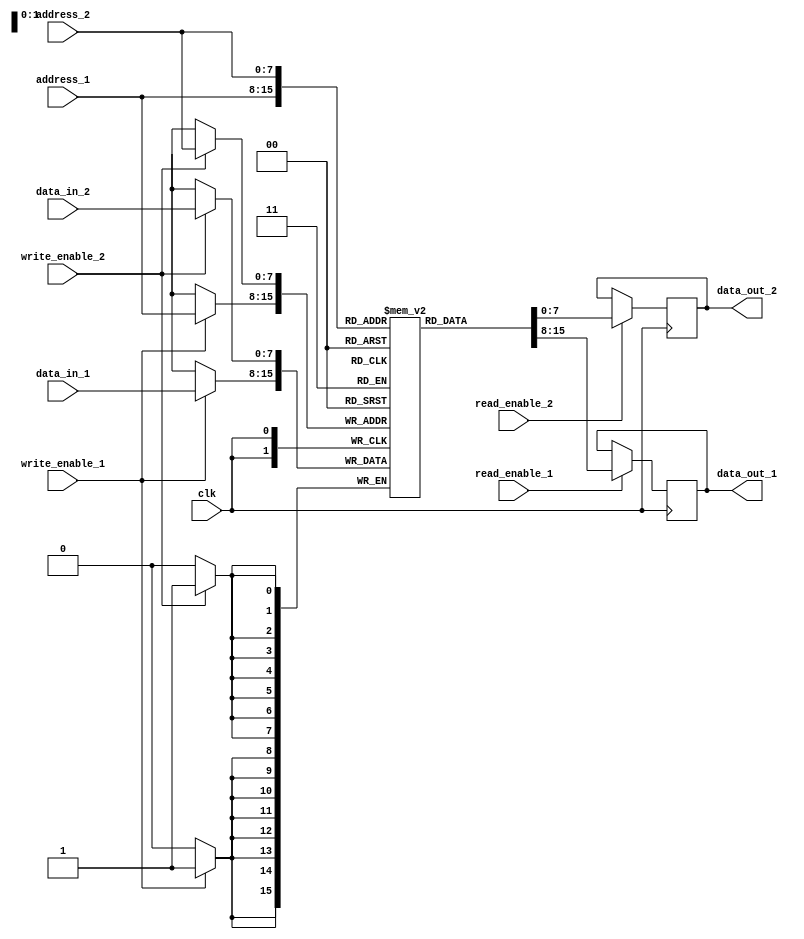
module dual_port_ram (
    input clk, // clock signal
    input write_enable_1, // write enable for port 1
    input [7:0] data_in_1, // data input for port 1
    input [7:0] address_1, // address input for port 1
    input read_enable_1, // read enable for port 1
    output reg [7:0] data_out_1, // data output for port 1
    input write_enable_2, // write enable for port 2
    input [7:0] data_in_2, // data input for port 2
    input [7:0] address_2, // address input for port 2
    input read_enable_2, // read enable for port 2
    output reg [7:0] data_out_2 // data output for port 2
);

reg [7:0] mem [0:255]; // 256x8 dual-port RAM

// Port 1 read and write operations
always @(posedge clk) begin
    if(write_enable_1) begin
        mem[address_1] <= data_in_1;
    end
    if(read_enable_1) begin
        data_out_1 <= mem[address_1];
    end
end

// Port 2 read and write operations
always @(posedge clk) begin
    if(write_enable_2) begin
        mem[address_2] <= data_in_2;
    end
    if(read_enable_2) begin
        data_out_2 <= mem[address_2];
    end
end

endmodule